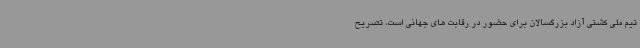
تیم ملی کشتی آزاد بزرگسالان برای حضور در رقابت های جهانی است، تصریح